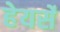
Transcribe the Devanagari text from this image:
हेयर्से